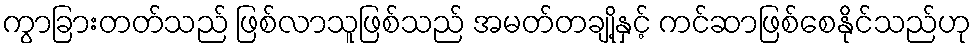
ကွာခြားတတ်သည် ဖြစ်လာသူဖြစ်သည် အမတ်တချို့နှင့် ကင်ဆာဖြစ်စေနိုင်သည်ဟု